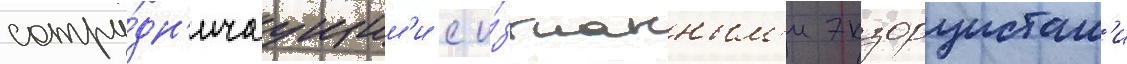
сотру́дн'ичаущим'и с и́згнанным'и экзорцистам'и